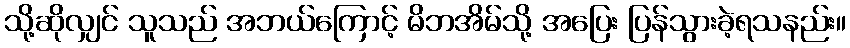
သို့ဆိုလျှင် သူသည် အဘယ်ကြောင့် မိဘအိမ်သို့ အပြေး ပြန်သွားခဲ့ရသနည်း။